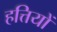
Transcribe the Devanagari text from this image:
हत्तियों